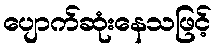
ပျောက်ဆုံးနေသဖြင့်